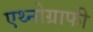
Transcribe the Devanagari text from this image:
एथ्नोग्राफी